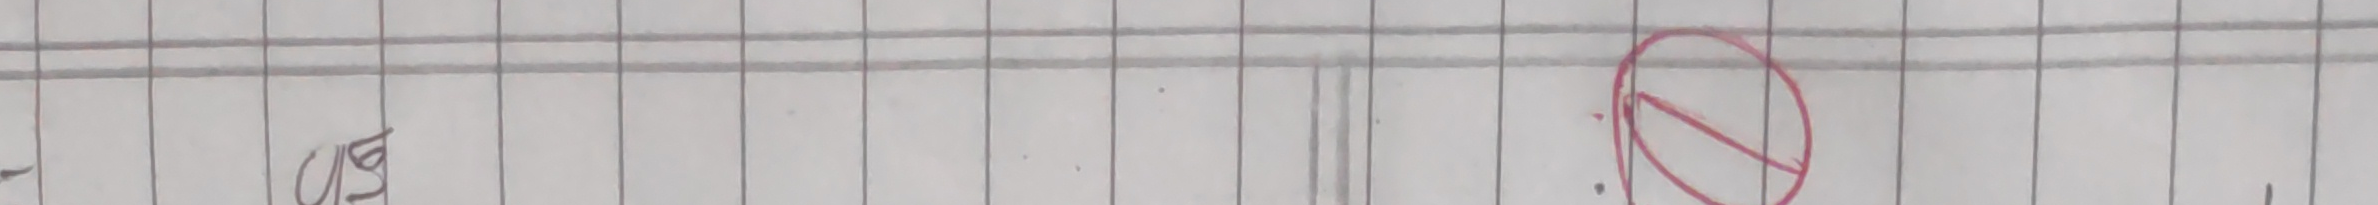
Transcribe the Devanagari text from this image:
घड